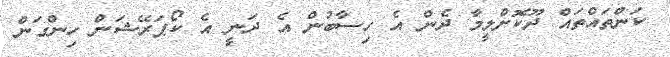
ކަންތައްތައް ދޫކޮށްލީމާ ދެން އެ ހިސާބުން އެ ދަނީ އެ ކޯޕަރޭޝަން ހިންގަން